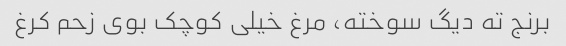
برنج ته دیگ سوخته، مرغ خیلی کوچک بوی زحم کرغ